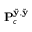
\mathbf { P } _ { c } ^ { \tilde { \bf { y } } , \tilde { \bf { y } } }